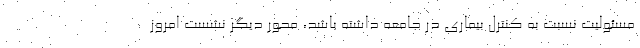
مسئولیت نسبت به کنترل بیماری در جامعه داشته باشد، محور دیگر نشست امروز